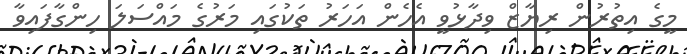
މީގެ އިތުރުން ރިޔާޒް ވިދާޅުވީ އެހެން އަހަރު ތަކުގައި މަރުގެ މައްސަލަ ހިންގާފައިވާ